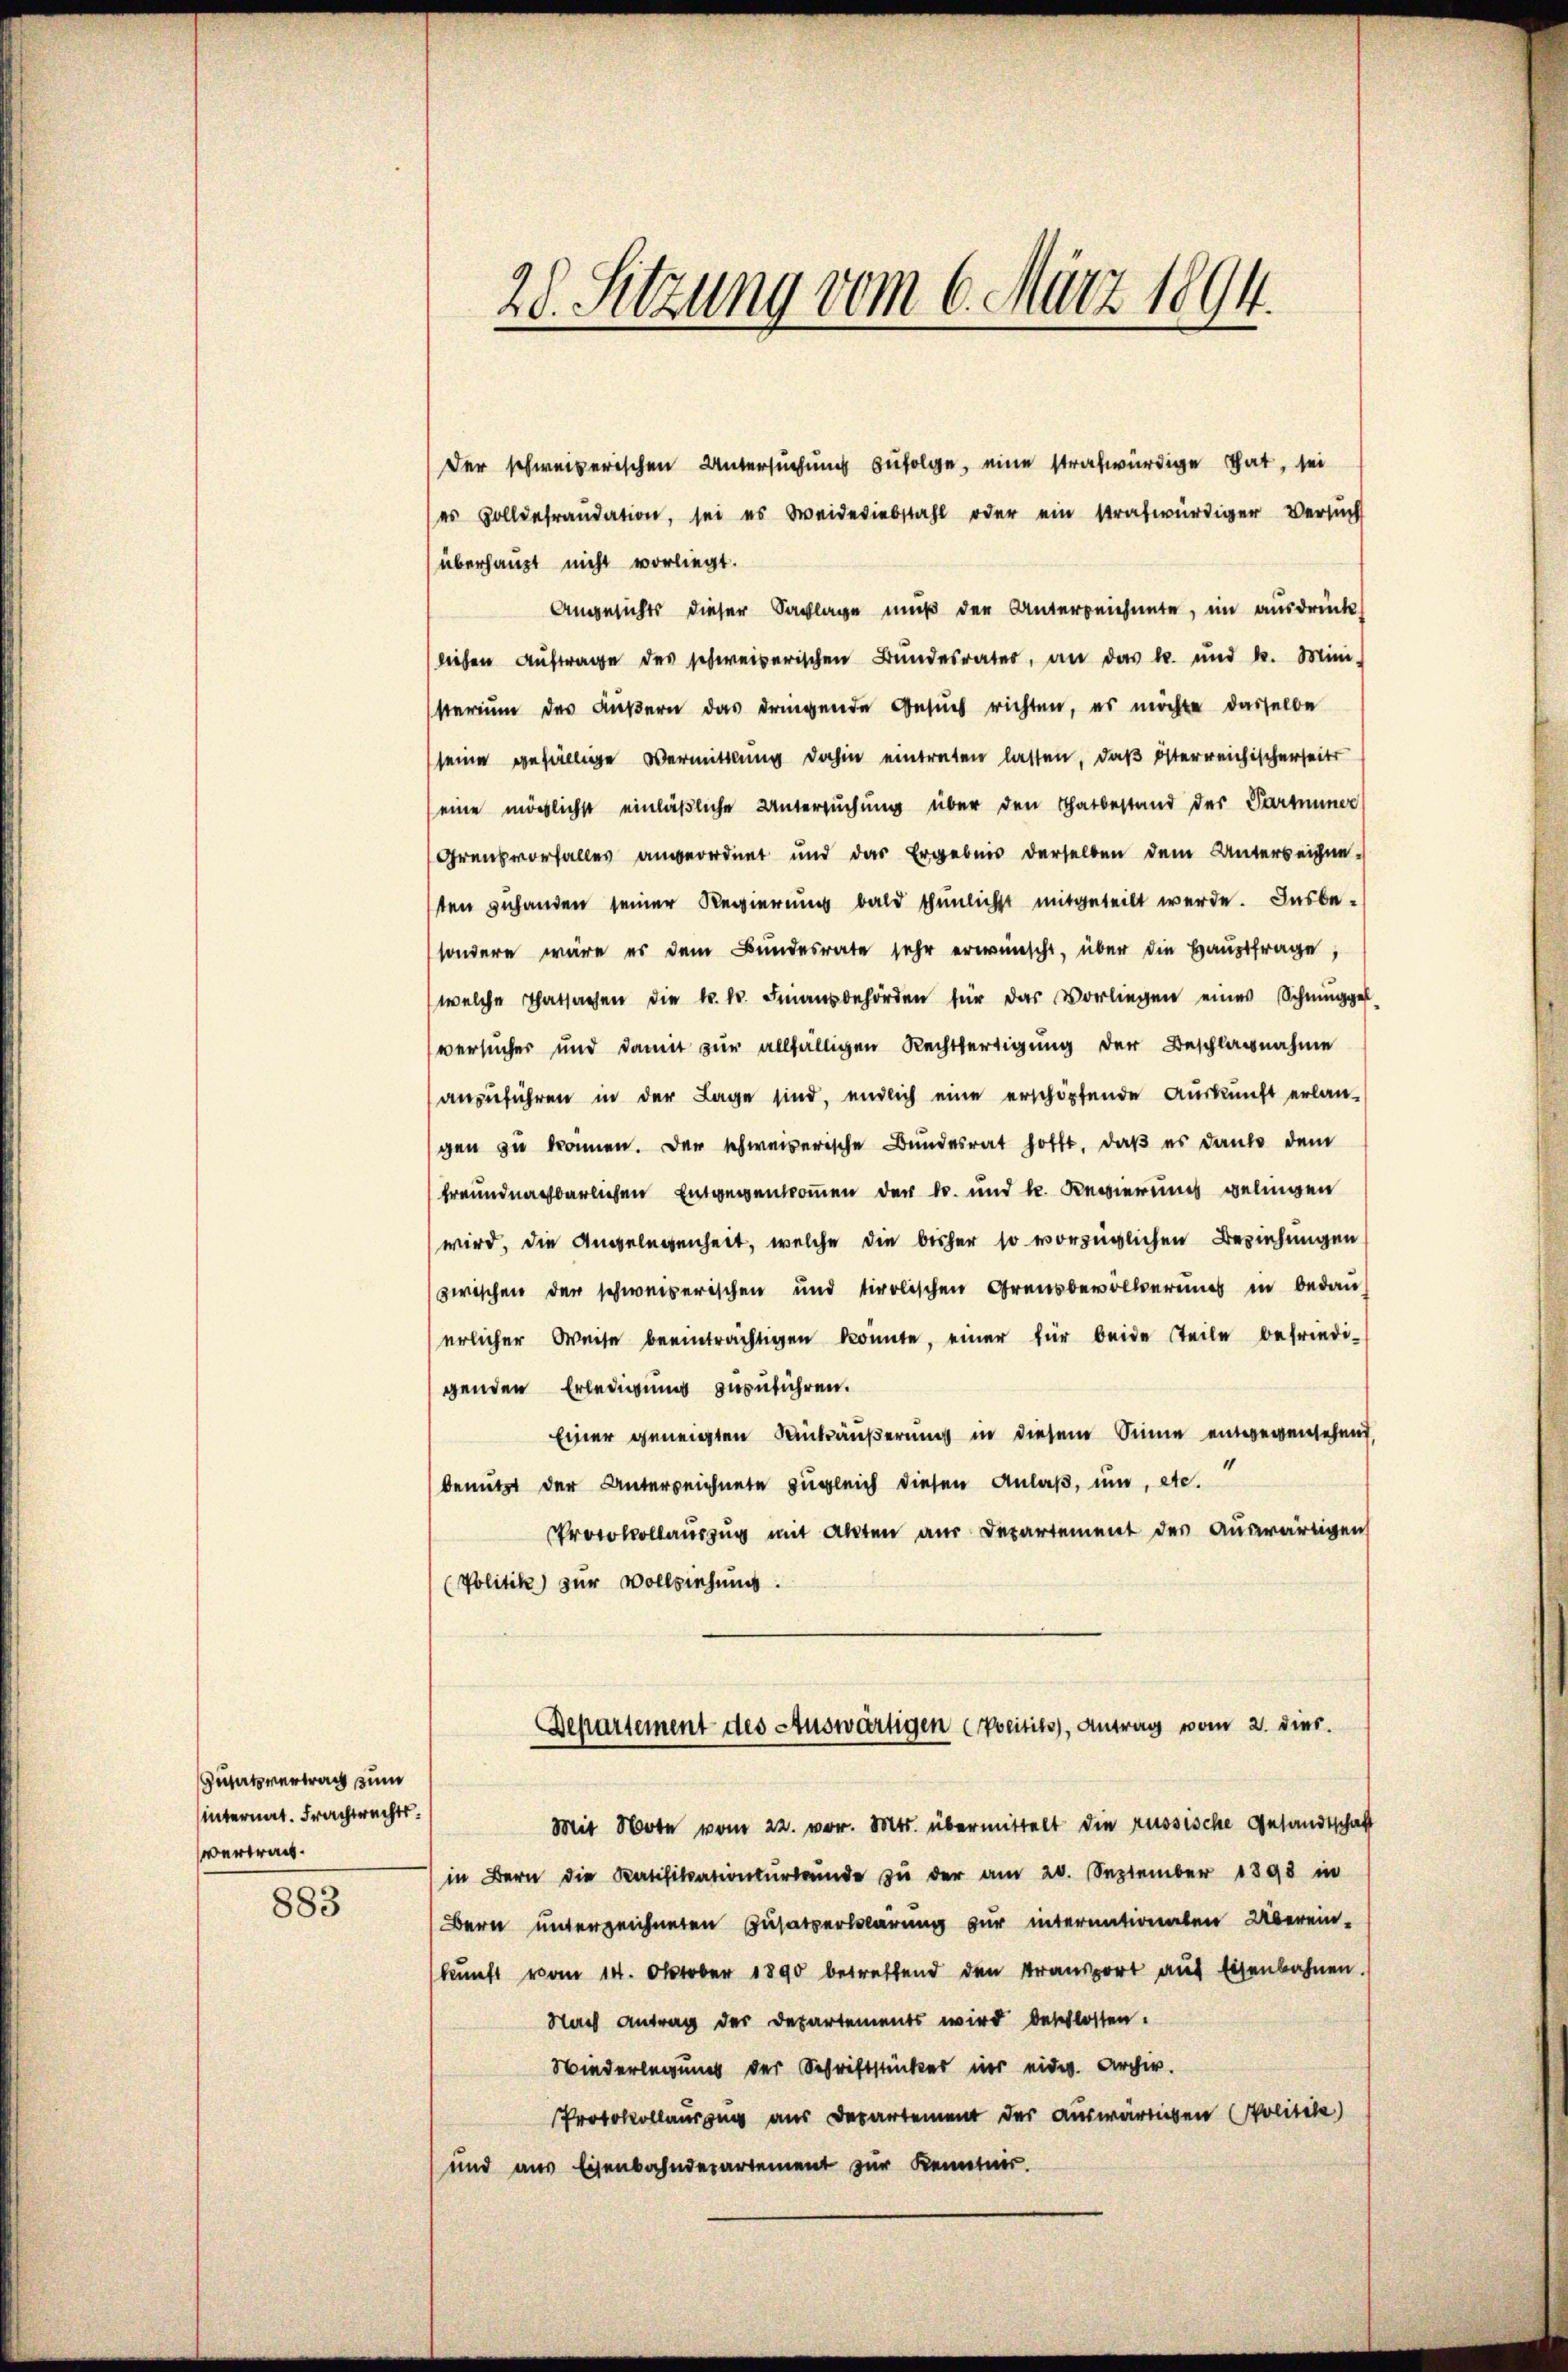
Zusatzvertrag zum
hinternat. Frachtrechts.
vertrach.

883

28. Setzung vom 6. März 1894.

Der schweizerischen Untersuchung zufolge, eine strafwürdige That, sei
es Zolldefraudation, sei es Weideriebstahl oder ein strafwürdiger Versuch
überhaupt nicht vorliegt.
Angesichts dieser Sachlage muß der Unterreichnete, im ausdrück
liehen Auftrage des schweizerischen Bŭndesrater, an das l. und k. Mini-
sterium des Äußern das dringende Gesuch richten, es möchte dasselbe
seine gefällige Vermittlung dahin eintreten lassen, daß österreichischerseits
eine möglichst einläßliche Untersuchung über den Thatbestand der Parmunde
Grenzvorfalles angeordnet und das Ergebnis derselben dem Unterreichneten zuhanden seiner Regierung bald thunlichst mitgeteilt werde. Insbe-
sondere wäre es dem Bundesrate sehr erwünscht, über die Hauptfrage,
welche Thatsachen die k. k. Finanzbehörden für das Vorliegen eines Schmugger-
versucher und damit zur allfälligen Rechtfertigung der Beschlagnahme
anzuführen in der Lage sind, endlich eine erschöpfende Auskunft erlan-
gen zu können. Der schweizerische Bundesrat hofft, daß es danke dem
freundnachbarlichen Entgegenkommen der Dr. und k. Regierung gelingen
wird, die Angelegenheit, welche die bisher so vorzüglichen Beziehungen
zwischen der schweizerischen und tirolischen Grausbevölkerungs in bedauerlicher Weise beeinträchtigen konnte, einer für beide Teile befriedi-
genden Erledigung anzuführen.
Einer geneigten Rückäußerung in diesem Sinne entgegensehend,
1
benutzt der Unterzeichnete zugleich diesen Anlaß, um, etc.
Protokollauszug mit alten aus Departement des auswärtigen
(Politik zur Vollziehung.
Departement des Auswärtigen Erweitis, Antrag vom 2. dies
Mit Note vom 22. vor. Mts. übermittelt die russische Gesandtschaft
in Bern die Ratifikationsurkunde zu der am 20. September 1890 in
Bern unterzeichneten Zusatzerklärung zur internationalen Überein-
kunft vom 14. Oktober 1890 betreffend den Transport auf Eisenbahnen.
Nach Antrag der Departements wird beschlossen.
Wiederlegung der Schriftstückes ins eider. Archiv.
Protokollauszug aus Departement der auswärtigen Politile)
und aus Eisenbahndepartement zur Kenntnis.